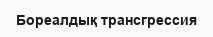
Бореалдық трансгрессия